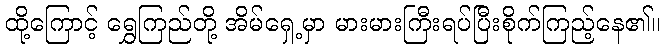
ထို့ကြောင့် ရွှေကြည်တို့ အိမ်ရှေ့မှာ မားမားကြီးရပ်ပြီးစိုက်ကြည့်နေ၏။